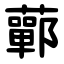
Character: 䕤